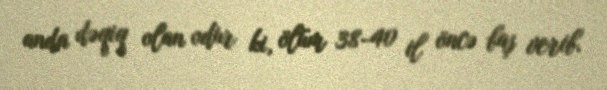
anda dəqiq olan odur ki, ölüm 38-40 il öncə baş verib.